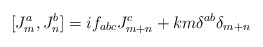
\begin{align*}[J^a_m, J^b_n] = i f_{abc} J^c_{m+n} + k m{\delta}^{ab}{\delta}_{m+n}\end{align*}